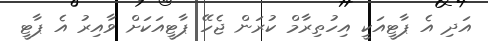
އަދި އެ ޕާޓީއަކީ އިހުތިރާމް ކުރަން ޖެހޭ ޕާޓީއަކަށް ވާއިރު އެ ޕާޓީ